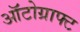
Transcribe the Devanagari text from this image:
ऑटोग्राफ्ट